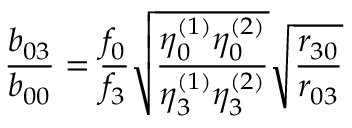
\frac { b _ { 0 3 } } { b _ { 0 0 } } = \frac { f _ { 0 } } { f _ { 3 } } \sqrt { \frac { \eta _ { 0 } ^ { ( 1 ) } \eta _ { 0 } ^ { ( 2 ) } } { \eta _ { 3 } ^ { ( 1 ) } \eta _ { 3 } ^ { ( 2 ) } } } \sqrt { \frac { r _ { 3 0 } } { r _ { 0 3 } } }